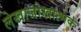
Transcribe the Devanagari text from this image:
लेखाजोखात्मक